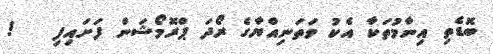
ބޮޑެތި އިނާމުތަކާ އެކު ވަތަނިއްޔާގެ ރޯދަ ޕްރޮމޯޝަން ފަށައިފި   !